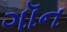
ગૉન